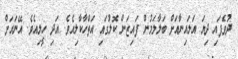
ދުވެފައި ދިޔަ އަލައިނާއަށް ބަލާލަމުން ފައިޒަން ކޮލުގައި އަތްހާކާލިއެވެ. އަދި ހީލިއެވެ. އޭނައަށް